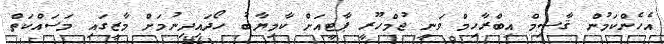
އެހެންކަމުން ޤާސިމް އިބްރާހިމް ވަނީ ޖުމްހޫރީ ޕާޓީއަށް ކާމިޔާބު ހޯދައިދިނުމަށް މާޒީގައި މަސައްކަތް